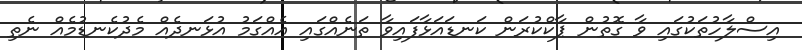
އިސްލާހުތަކުގައި ވާ ގޮތުން ޕާކްކުރަން ކަނޑައަޅާފައިވާ ތަނެއްގައި އެއްގަމު އުޅަނދެއް މެދުކެނޑުމެއް ނެތި